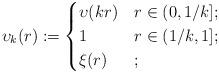
LaTeX: \begin{align*} \upsilon_{k}(r):=\begin{cases} \upsilon(kr) &r\in(0,1/k]; \\ 1 &r\in(1/k,1]; \\ \xi(r) &; \end{cases} \end{align*}